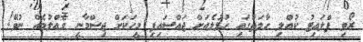
ރޯވި ފްލައިޓު ކުއްލި ހާލަތުގައި ހުޅުލެއަށް ޖައްސައިފި މީހަކަށް ޖިސްމާނީ ގެއްލުމެއް ނުވޭ!